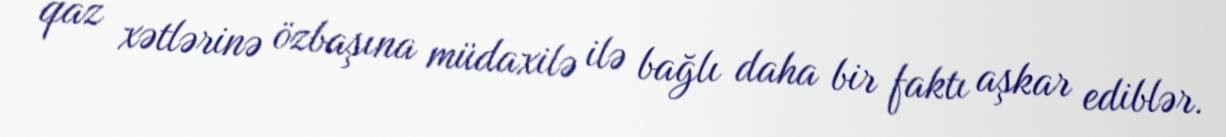
qaz xətlərinə özbaşına müdaxilə ilə bağlı daha bir faktı aşkar ediblər.